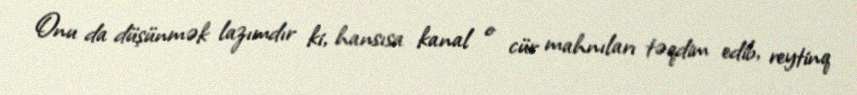
Onu da düşünmək lazımdır ki, hansısa kanal o cür mahnıları təqdim edib, reytinq